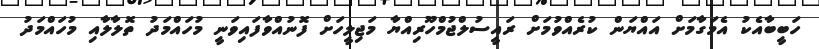
ހަބީބާއެކު އެމަގާމަށް އައްޔަން ކުރެއްވުމަށް ރައީސުލްޖުމްހޫރިއްޔާ މަޖިލީހަށް ފޮނުއްވާފައިވަނީ މުހައްމަދު ތޮލާލާއި މުހައްމަދު